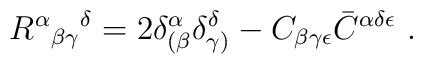
R^\alpha {}_{\beta \gamma}{}^\delta=2\delta^\alpha_{(\beta}\delta^\delta_{\gamma)}-C_{\beta \gamma \epsilon}\bar C^{\alpha\delta\epsilon}\ .